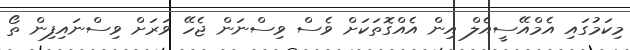
މިކަމުގައި އެމްއޭސީއެލް އިން އެއްގޮތަކަށް ވެސް ވިސްނަން ޖެހޭ ވަރަށް ވިސްނައިފިން ތޯ